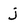
Character: j